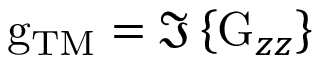
\mathrm { g } _ { \mathrm { T M } } = \Im \left\{ \mathrm { G } _ { z z } \right\}